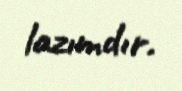
lazımdır.